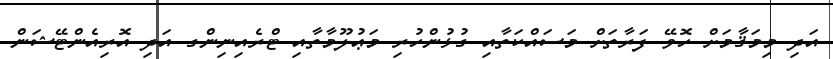
އަދި މިމަޤާމަށް ހޮވޭ ފަރާތަށް މަސައްކަތާއި ގުޅުންހުރި މަޢުލޫމާތާއި ޓްރެއިނިންގ އަދި އޮރިއެންޓޭޝަން